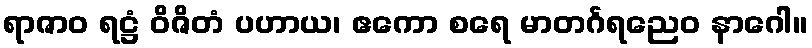
ရာဇာဝ ရဋ္ဌံ ဝိဇိတံ ပဟာယ၊ ဧကော စရေ မာတင်္ဂရညေဝ နာဂေါ။